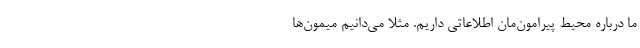
ما درباره محیط پیرامون‌مان اطلاعاتی داریم. مثلا می‌دانیم میمون‌ها